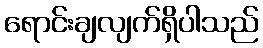
ရောင်းချလျက်ရှိပါသည်